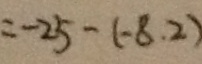
= - 2 5 - ( - 8 . 2 )